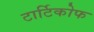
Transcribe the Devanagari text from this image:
टार्टिकोफ